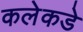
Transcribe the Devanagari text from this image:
कलेकडे